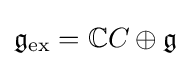
{\mathfrak {g}}_{\mathrm {ex} }=\mathbb {C} C\oplus {\mathfrak {g}}